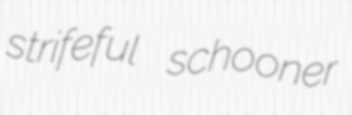
strifeful schooner